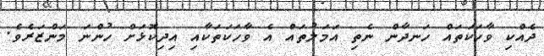
ދެއްކި ވާހަކަތައް ހަނދާން ނެތި އަމަލުތައް އެ ވާހަކަތަކާއި އިދިކޮޅަށް ހުންނަ މަންޒަރެވެ.